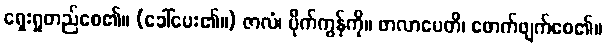
ရှေးရှုတည်စေ၏။ (ခေါ်ပေး၏။) ဇာလံ၊ ပိုက်ကွန်ကို။ ဖာလာပေတိ၊ ဖောက်ဖျက်စေ၏။